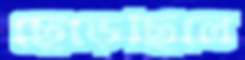
ছেড়েছিলে